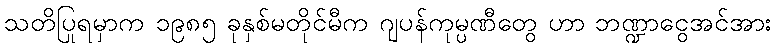
သတိပြုရမှာက ၁၉၈၅ ခုနှစ်မတိုင်မီက ဂျပန်ကုမ္ပဏီတွေ ဟာ ဘဏ္ဍာငွေအင်အား